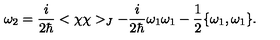
\omega _ { 2 } = { \frac { i } { 2 \hbar } } < \chi \chi > _ { J } - { \frac { i } { 2 \hbar } } \omega _ { 1 } \omega _ { 1 } - { \frac { 1 } { 2 } } \{ \omega _ { 1 } , \omega _ { 1 } \} .